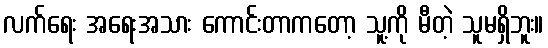
လက်ရေး အရေးအသား ကောင်းတာကတော့ သူ့ကို မီတဲ့ သူမရှိဘူး။